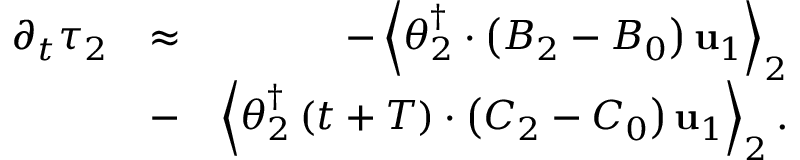
\begin{array} { r l r } { \partial _ { t } \tau _ { 2 } } & { \approx } & { - \left\langle \boldsymbol { \theta } _ { 2 } ^ { \dagger } \cdot \left( { \cal B } _ { 2 } - { \cal B } _ { 0 } \right) \mathbf { u } _ { 1 } \right\rangle _ { 2 } } \\ & { - } & { \left\langle \boldsymbol { \theta } _ { 2 } ^ { \dagger } \left( t + T \right) \cdot \left( { \cal C } _ { 2 } - { \cal C } _ { 0 } \right) \mathbf { u } _ { 1 } \right\rangle _ { 2 } . } \end{array}